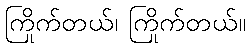
ကြိုက်တယ်၊ ကြိုက်တယ်။